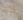
كلا